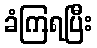
ခံကြရပြီး